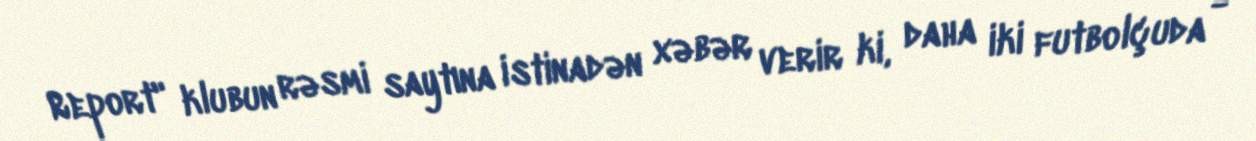
Report" klubun rəsmi saytına istinadən xəbər verir ki, daha iki futbolçuda -